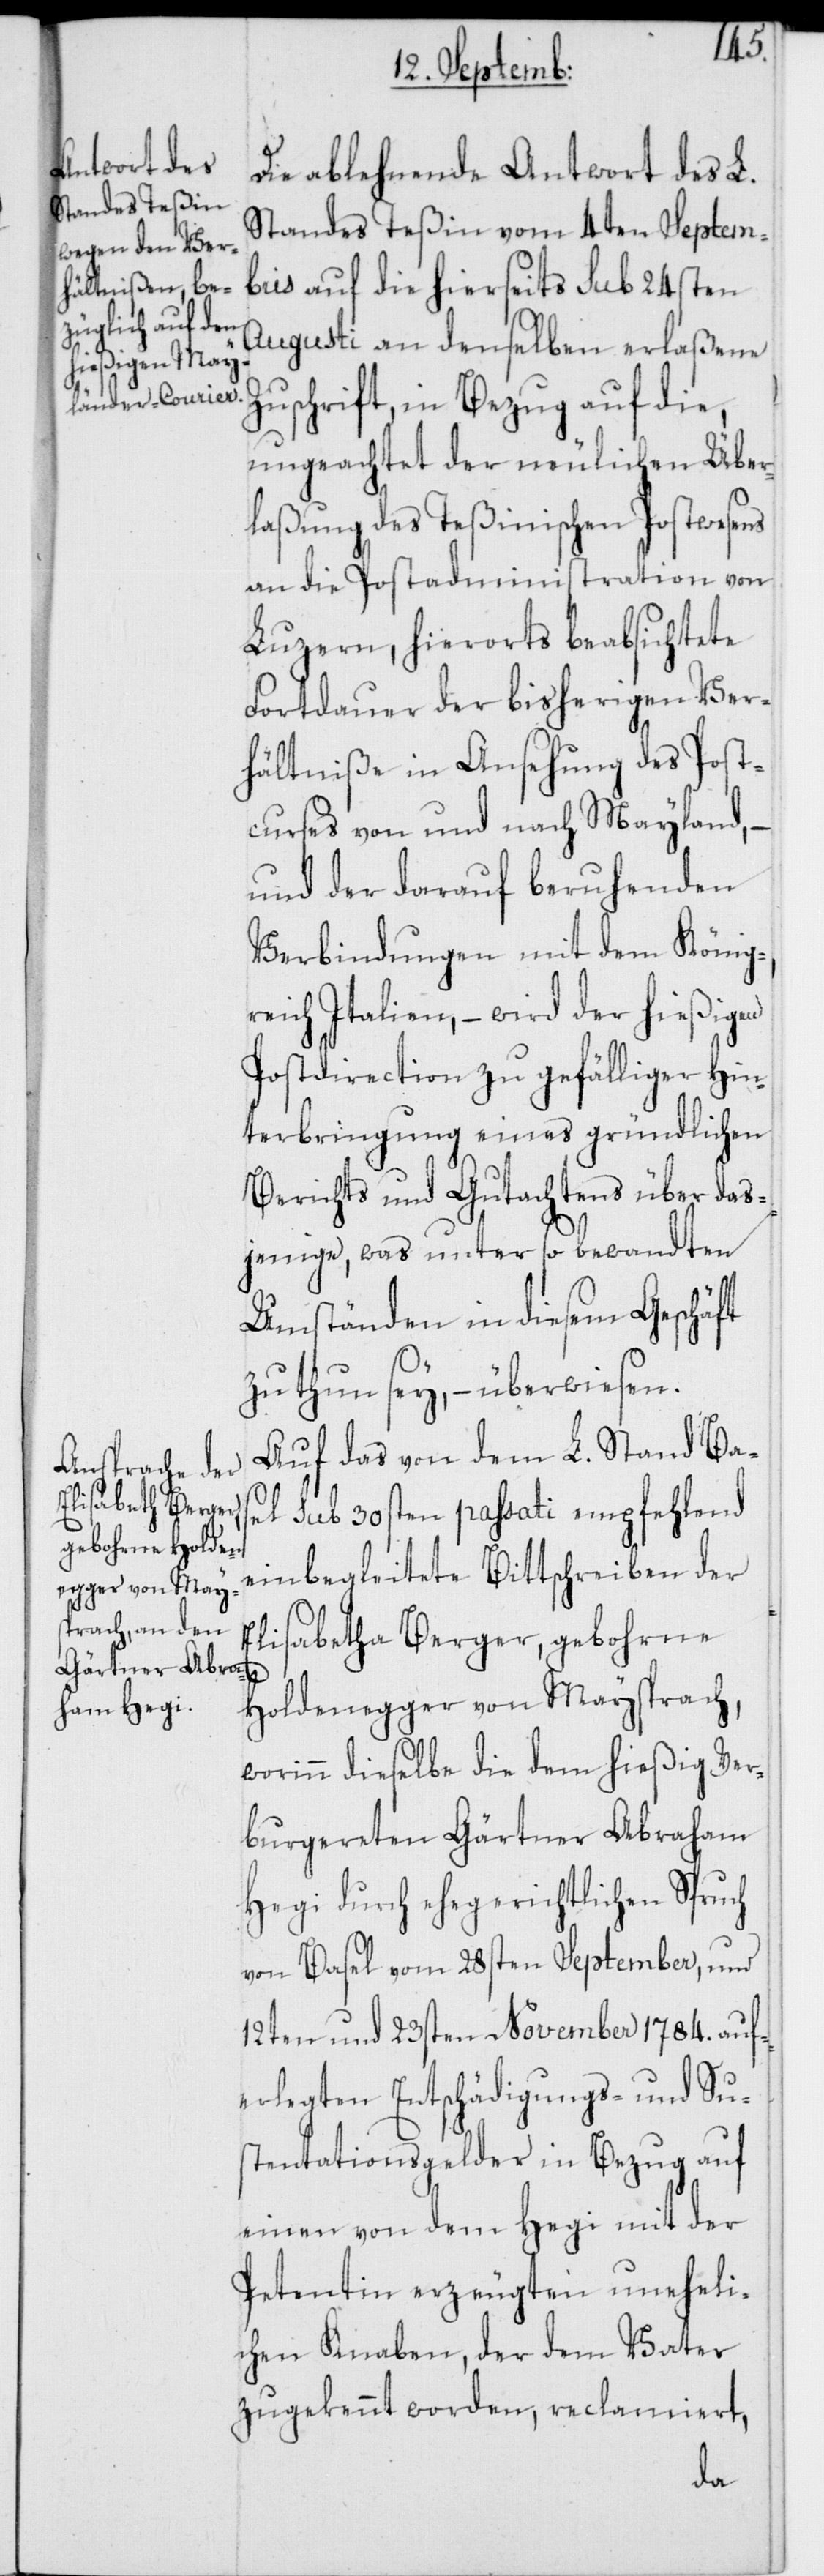
Die ablehnende Antwort des L.
Standes Teßin vom 4ten Septem¬
bris auf die hierseits sub 24sten
Augusti an denselben erlaßene
Zuschrift, in Bezug auf die,
ungeachtet der neulichen Über¬
laßung des Teßinischen Postwesens
an die Postadministration von
Luzern, hierorts beabsichtete
Fortdauer der bisherigen Ver¬
hältniße in Ansehung des Post¬
curses von und nach Mayland,
und der darauf beruhenden
Verbindungen mit dem König¬
reich Italien, – wird der hießigen
Postdirection zu gefälliger Hin¬
terbringung eines gründlichen
Berichts und Gutachtens über das¬
jenige, was unter so bewandten
Umständen in diesem Geschäft
zu thun sey, – überwiesen.
Auf das von dem L. Stand Ba¬
sel sub 30sten passati empfehlend
einbegleitete Bittschreiben der
Elisabetha Berger, gebohrne
Holdenegger von Maysprach,
worinn dieselbe die dem hießig Ver¬
burgereten Gärtner Abraham
Hegi durch ehegerichtlichen Spruch
von Basel vom 28sten September, und
12ten und 23sten November 1784. auf¬
erlegten Entschädigungs- und Su¬
stentationsgelder in Bezug auf
einen von dem Hegi mit der
Petentin erzeugten uneheli¬
chen Knaben, der dem Vater
zugekennt worden, reclamiert,